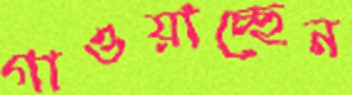
গাওয়াচ্ছেন